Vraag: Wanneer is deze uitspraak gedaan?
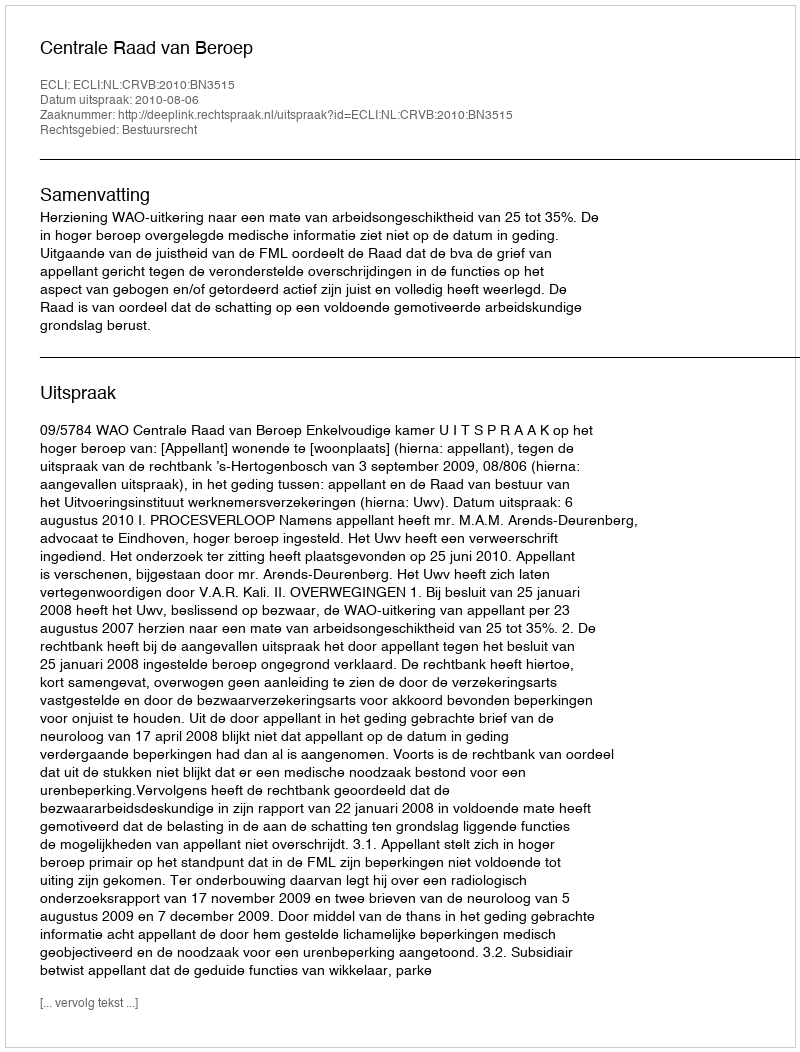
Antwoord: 2010-08-06